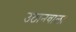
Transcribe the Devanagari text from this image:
उठानवाला